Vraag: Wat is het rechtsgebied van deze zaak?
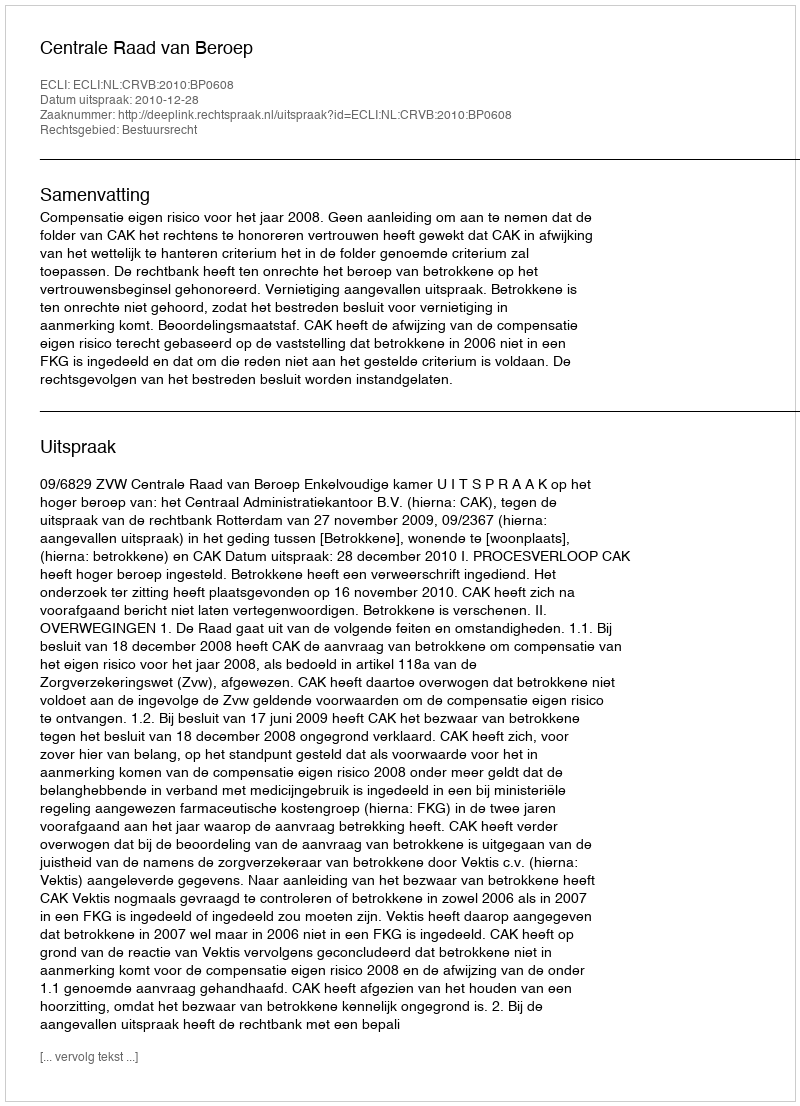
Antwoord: Bestuursrecht